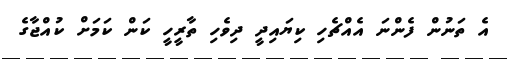
އެ ތަނުން ފެންނަ އެއްޗެހި ކިޔައިދީ ދިވެހި ތާރީހީ ކަން ކަމަށް ކުއްޖާގެ